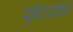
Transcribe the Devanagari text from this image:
सुंदरींचे